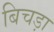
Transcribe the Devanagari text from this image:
बिचड़ा